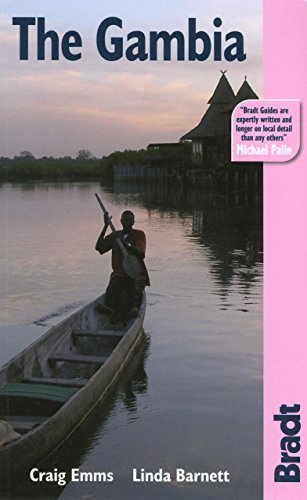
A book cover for Gambia (Bradt Travel Guides) by Emms, Craig, Barnett, Linda (2006) Paperback; Travel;